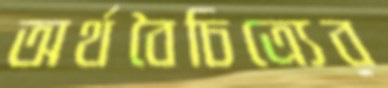
অর্থবৈচিত্র্যের